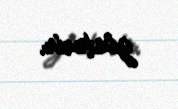
göstərir.